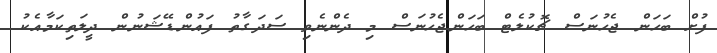
ފުށް ބަހަން ޖެހުނަސް ޗޮކުލެޓް ބަހަންޖެހުނަސް މި ދެންނެވި ސަދަގާތު ފައުންޑޭޝަނުން ދީލަތިކަމާއެކު